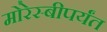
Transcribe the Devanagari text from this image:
मोरेस्बीपर्यंत